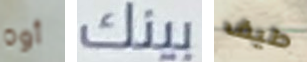
أوه بينك طيف